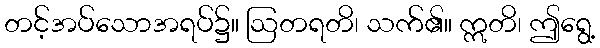
တင့်အပ်သောအရပ်၌။ ဩတရတိ၊ သက်၏။ ဣတိ၊ ဤရွေ့